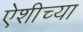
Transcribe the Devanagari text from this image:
ऐशीच्या